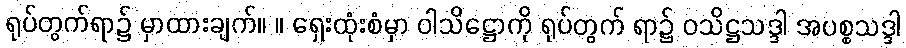
ရုပ်တွက်ရာ၌ မှာထားချက်။ ။ ရှေးထုံးစံမှာ ဝါသိဋ္ဌောကို ရုပ်တွက် ရာ၌ ဝသိဋ္ဌသဒ္ဒါ အပစ္စသဒ္ဒါ